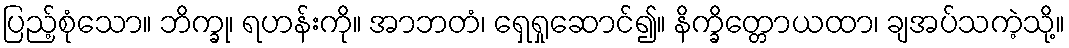
ပြည့်စုံသော။ ဘိက္ခု၊ ရဟန်းကို။ အာဘတံ၊ ရှေရှုဆောင်၍။ နိက္ခိတ္တောယထာ၊ ချအပ်သကဲ့သို့။